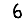
Digit: 6